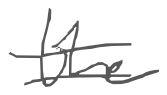
Text: the
Cross-out: double-line
Writing tool: digital_gray